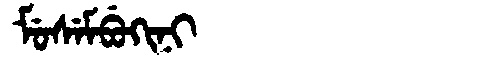
Manchu: ᠮᡠᠰᡝᠮᠪᡠᡴᡳᠨᡳ
Romanization: MUSEMBUKINI